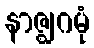
နာဇ္ဈဂမုံ